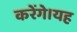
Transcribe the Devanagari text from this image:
करेंगे।यह